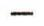
-